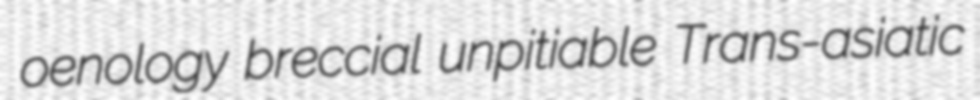
oenology breccial unpitiable Trans-asiatic